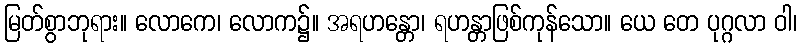
မြတ်စွာဘုရား။ လောကေ၊ လောက၌။ အရဟန္တော၊ ရဟန္တာဖြစ်ကုန်သော။ ယေ တေ ပုဂ္ဂလာ ဝါ၊